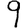
Digit: 9